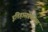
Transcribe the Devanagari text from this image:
इतिहासप्रेमींसह